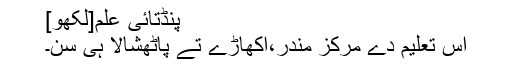
پنڈتائی علم[لکھو]
اس تعلیم دے مرکز مندر،اکھاڑے تے پاٹھشالا ہی سن۔